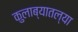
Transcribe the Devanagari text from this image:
कुलाब्यातल्या